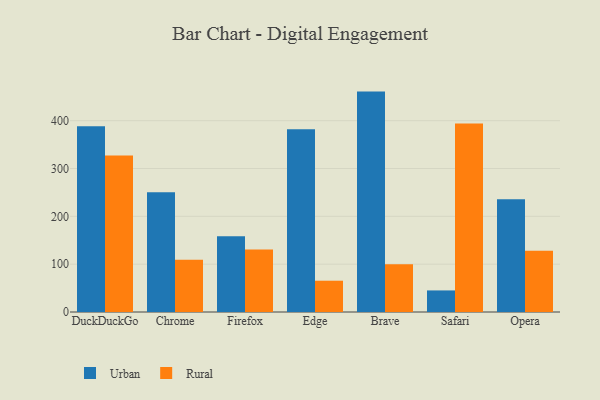
{"axis": {"x": "Browser", "y": "Energy Usage (MWh)"}, "legend": ["Rural", "Urban"], "data": [{"x": "DuckDuckGo", "y": 388.1, "type": "Urban"}, {"x": "DuckDuckGo", "y": 327.3, "type": "Rural"}, {"x": "Chrome", "y": 250.3, "type": "Urban"}, {"x": "Chrome", "y": 109.5, "type": "Rural"}, {"x": "Firefox", "y": 158.5, "type": "Urban"}, {"x": "Firefox", "y": 130.6, "type": "Rural"}, {"x": "Edge", "y": 382.1, "type": "Urban"}, {"x": "Edge", "y": 65.4, "type": "Rural"}, {"x": "Brave", "y": 460.8, "type": "Urban"}, {"x": "Brave", "y": 99.6, "type": "Rural"}, {"x": "Safari", "y": 45.1, "type": "Urban"}, {"x": "Safari", "y": 394.1, "type": "Rural"}, {"x": "Opera", "y": 235.5, "type": "Urban"}, {"x": "Opera", "y": 128.3, "type": "Rural"}]}